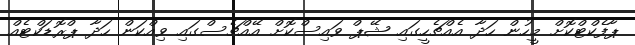
ޕާފެކްޓްކޮށް މީހުން ހަދާ އެއްޗެހީގައި ޝޭޕް ވައިސްކޮށް އޭއްޗެސްގައި ވިއްކަން ހަދާ ޕްރޮޑަކްޓެއް